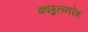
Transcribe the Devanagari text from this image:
काबुलनरेश